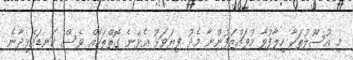
މި އުސޫލުތަކާ ހިލާފުވާ މުވައްޒަފުންނާ މެދު ފިޔަވަޅު އެޅޭނެ ގޮތްތަކެއް ވެސް ކަނޑައެޅިދާނެ